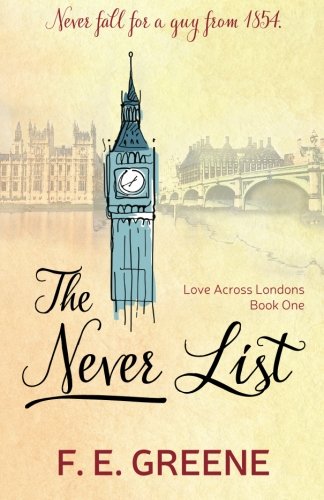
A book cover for The Never List: Love Across Londons (Volume 1); F. E. Greene; Romance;